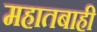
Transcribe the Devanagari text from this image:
महातबाही